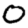
Digit: 0